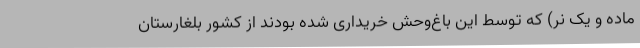
ماده و یک‌ نر) که توسط این باغ‌وحش خریداری شده بودند از کشور بلغارستان